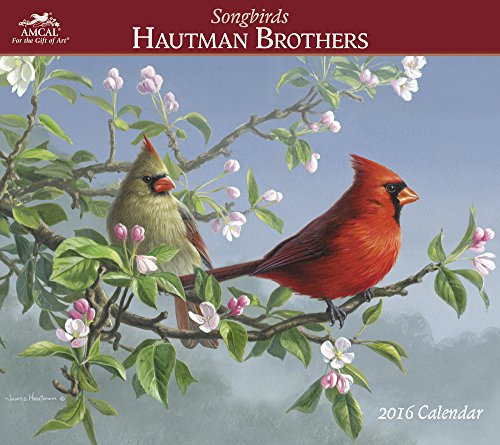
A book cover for Hautman Brothers Wall Calendar (2016); AMCAL; Calendars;